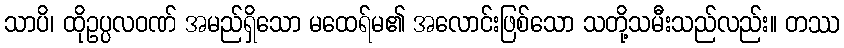
သာပိ၊ ထိုဥပ္ပလဝဏ် အမည်ရှိသော မထေရ်မ၏ အလောင်းဖြစ်သော သတို့သမီးသည်လည်း။ တဿ